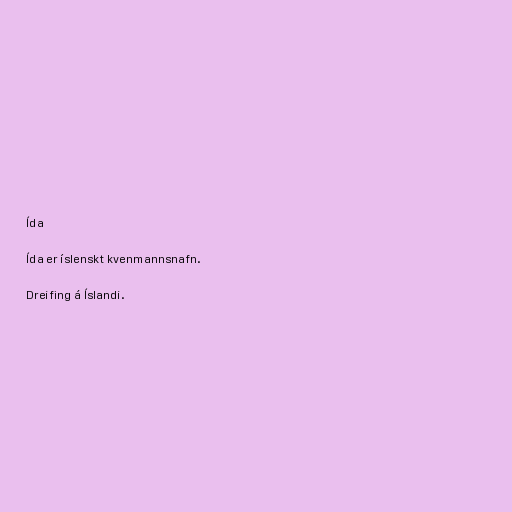
Ída

Ída er íslenskt kvenmannsnafn.

Dreifing á Íslandi.